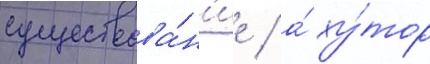
существова́н'ие / а́ ху́тор